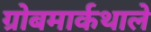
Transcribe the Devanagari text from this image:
ग्रोबमार्कथाले